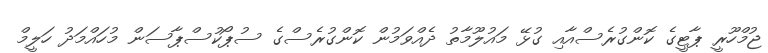
ޖުމްހޫރީ ޕާޓީގެ ކޮންގުރެސްއާއި ގުޅޭ މައުލޫމާތު ދެއްވަމުން ކޮންގުރެސްގެ ސުޕޯކުސްޕާސަން މުހައްމަދު ހަލީމް